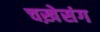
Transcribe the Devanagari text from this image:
चख़ेसंग